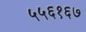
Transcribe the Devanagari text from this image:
५५६१६७